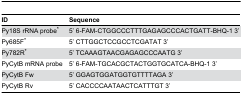
| ID | Sequence |
 | --- | --- |
 | Py18S rRNA probe* | 5’ 6-FAM-CTGGCCCTTTGAGAGCCCACTGATT-BHQ-1 3’ |
 | Py685F* | 5’ CTTGGCTCCGCCTCGATAT 3’ |
 | Py782R* | 5’ TCAAAGTAACGAGAGCCCAATG 3’ |
 | PyCytB mRNA probe | 5’ 6-FAM-TGCACGCTACTGGTGCATCA-BHQ-1 3’ |
 | PyCytB Fw | 5’ GGAGTGGATGGTGTTTTAGA 3’ |
 | PyCytB Rv | 5’ CACCCCAATAACTCATTTGT 3’ |